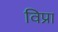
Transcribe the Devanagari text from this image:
विप्रा